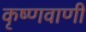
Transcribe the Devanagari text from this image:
कृष्णवाणी